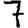
Digit: 7